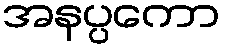
အနပ္ပကော